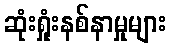
ဆုံးရှုံးနစ်နာမှုများ